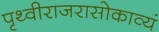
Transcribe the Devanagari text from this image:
पृथ्वीराजरासोकाव्यं